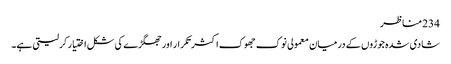
234 مناظر
شادی شدہ جوڑوں کے درمیان معمولی نوک جھوک اکثر تکرار اور جھگڑے کی شکل اختیار کرلیتی ہے۔